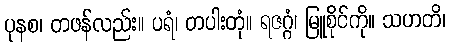
ပုနစ၊ တဖန်လည်း။ ပရံ၊ တပါးတုံ။ ရဇဂ္ဂံ၊ မြူစိုင်ကို။ သဟတိ၊